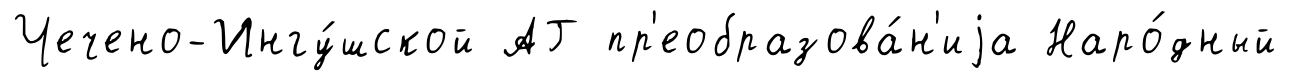
Чечено-Ингу́шской АГ пр'еобразова́н'иjа Наро́дный